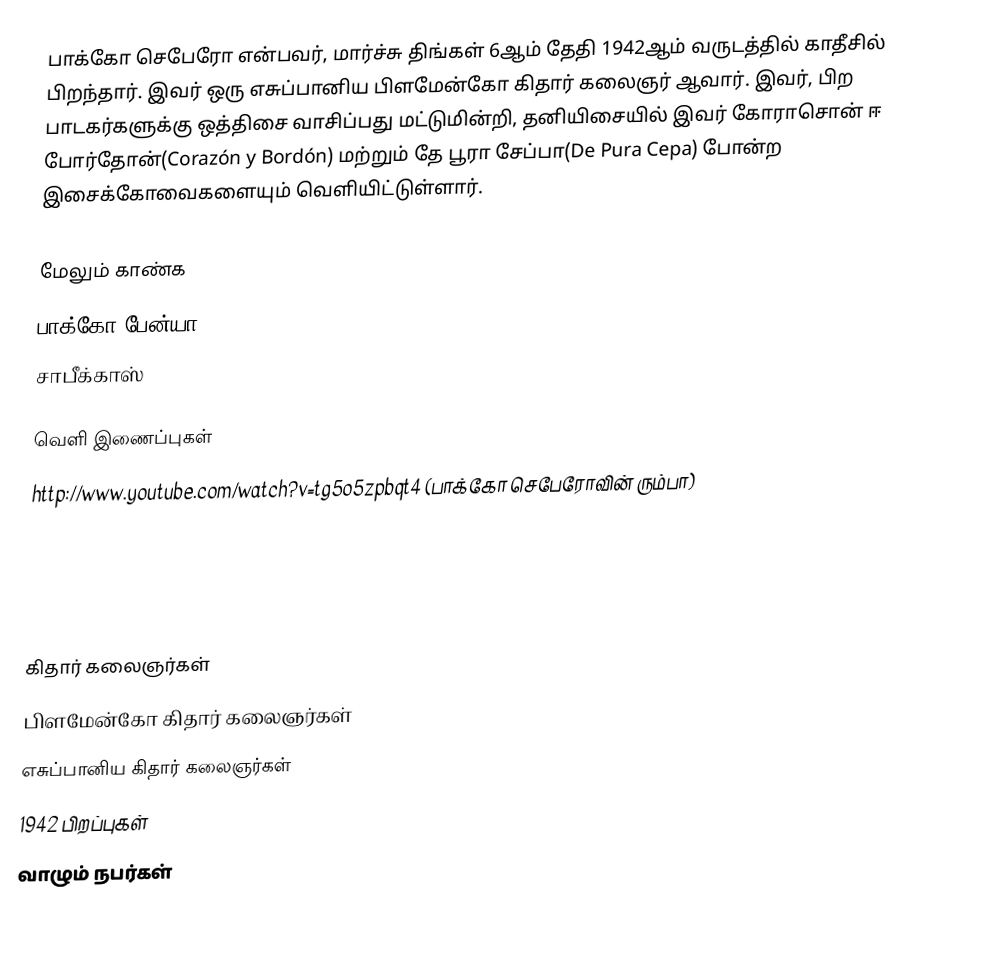
பாக்கோ செபேரோ என்பவர், மார்ச்சு திங்கள் 6ஆம் தேதி 1942ஆம் வருடத்தில் காதீசில் பிறந்தார். இவர் ஒரு எசுப்பானிய பிளமேன்கோ கிதார் கலைஞர் ஆவார். இவர், பிற பாடகர்களுக்கு ஒத்திசை வாசிப்பது மட்டுமின்றி, தனியிசையில் இவர் கோராசொன் ஈ போர்தோன்(Corazón y Bordón) மற்றும் தே பூரா சேப்பா(De Pura Cepa) போன்ற இசைக்கோவைகளையும் வெளியிட்டுள்ளார்.

மேலும் காண்க
 பாக்கோ பேன்யா
 சாபீக்காஸ்

வெளி இணைப்புகள்
http://www.youtube.com/watch?v=tg5o5zpbqt4 (பாக்கோ செபேரோவின் ரும்பா)

http://www.youtube.com/watch?v=kdoXBJzjBUg

http://www.youtube.com/watch?v=RZup7LjohP4

கிதார் கலைஞர்கள்
பிளமேன்கோ கிதார் கலைஞர்கள்
எசுப்பானிய கிதார் கலைஞர்கள்
1942 பிறப்புகள்
வாழும் நபர்கள்